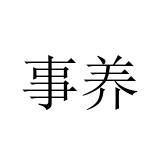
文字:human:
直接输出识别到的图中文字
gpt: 事养